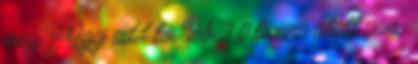
meg – Így add tovább 3.0 licenc alatt van;